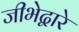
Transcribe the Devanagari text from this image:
जीभेद्वारे